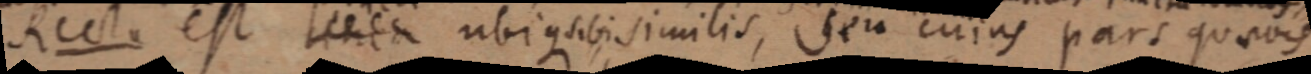
Recta est linea ubique sibi similis, seu cuius pars quaevis